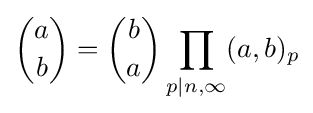
{\binom {a}{b}}={\binom {b}{a}}\prod _{p|n,\infty }(a,b)_{p}